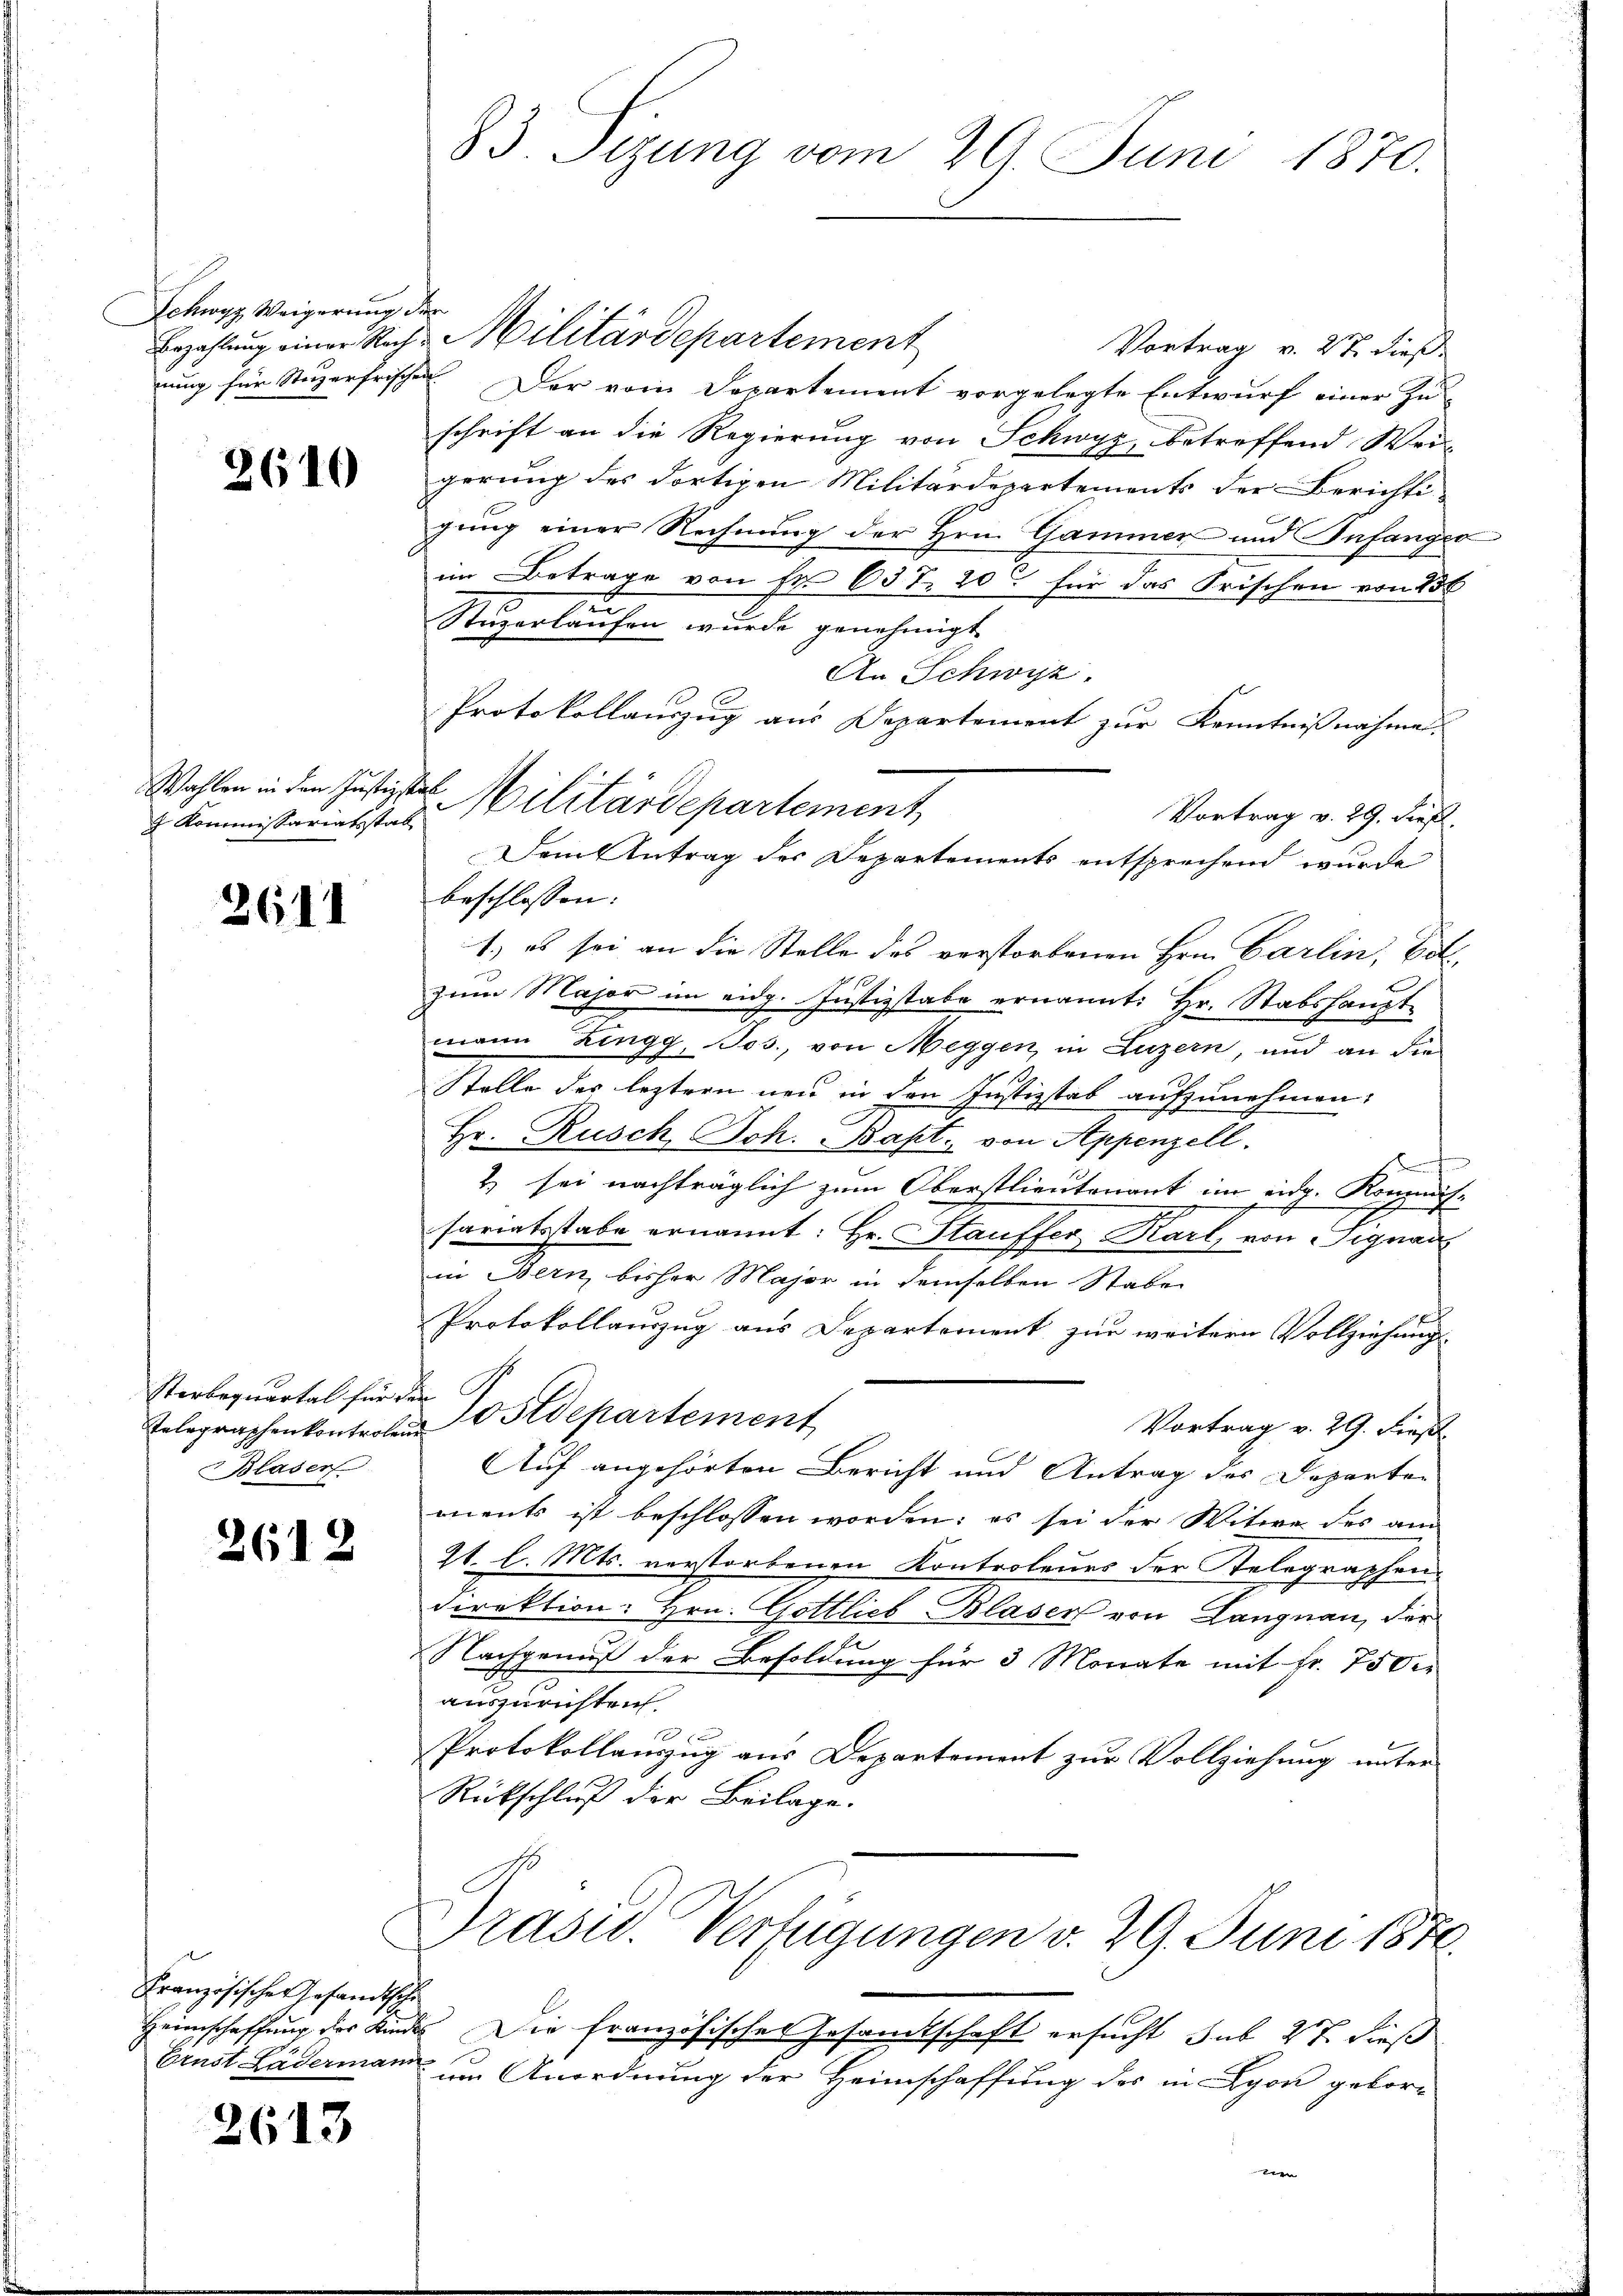
Schwyz, Weigerung der

2610

Wahlen in den Justizstell

2611

Sterbequartal für da
Blaser

2612

Französische Gesandtsche

2613

83. Sizung vom 29. Juni 1870.

Bezahlung einer Rech-Militärdepartement
Vortrag v. 27. dieß
nung für Stuzerfrischen. Der vom Departement vorgelegte Entwurf einer Zu-
schrift an die Regierung von Schwyz, betreffend Wei-
gerung des dortigen Militärdepartements der Berichti
gung einer Rechnung der Hrn. Gammer und Infangeo
im Betrage von Fr. 637. 200 für das Frischen von 230
Stuzerlaufen wurde genehmigt
An Schwyz.
Vortrag v. 29. dieß.
beschlossen:
1.) es sei an die Stelle des verstorbenen Hrn. Carlin, Erl
zum Major im eidg. Justizstabe ernannt: Hr. Stabshauptmann Zingg, Jos., von Meggen, in Luzern, und an die
Stelle der leztern neu in den Justizstab aufzunehmen:
Hr. Rusch Joh. Bapt. von Appenzell.
n
2) sei nachträglich zum Oberstlieutenant im eidg. Kommis-
sariatsstabe ernannt: Hr. Stauffer Karl von Signan
in Bern bisher Major in demselben Staben
Protokollauszug aus Departement zur weitern Vollziehung
f
Telegraphenkontrolen Postdepartement
Vortrag v. 29. Fieß.
Auf angehörten Bericht und Antrag des Departen
ments ist beschlossen worden; es sei der Witwe des am
2t. l. Mts. verstorbenen Kontroleurs der Gelegraphen-
Direktion: Hrn. Gottlieb Blaser von Langnau, der
Nachgenuß der Besoldung für 3 Monate mit Fr. 750 er
auszurichten.
1

Protokollauszug aus Departement zur Vollziehung unter
Rückschluß der Beilage.

Protokollauszug aus Departement zur Kenntnißnahme
u Kommissariesstrat. Militärdepartement
Dem Antrag des Departements entsprechend wurde

Prasis. Verfügungen v. 29. Juni 1870.

Heimschaftung des Kindes Die französisches Gesamtschaft ersucht sub 27. dieß
Ernst Lädermann um Anordnung der Heimschaffung des in Lyon gebor¬